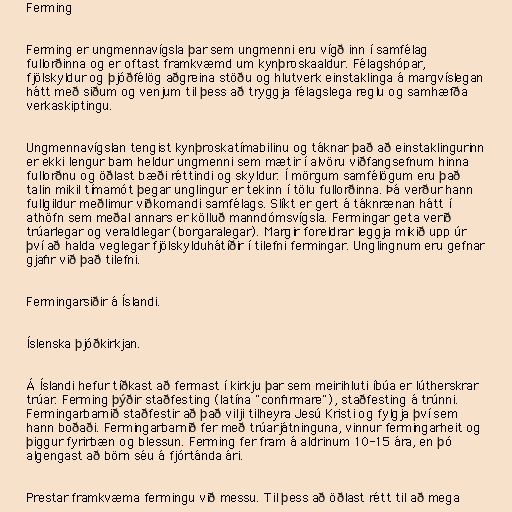
Ferming

Ferming er ungmennavígsla þar sem ungmenni eru vígð inn í samfélag
fullorðinna og er oftast framkvæmd um kynþroskaaldur. Félagshópar,
fjölskyldur og þjóðfélög aðgreina stöðu og hlutverk einstaklinga á margvíslegan
hátt með siðum og venjum til þess að tryggja félagslega reglu og samhæfða
verkaskiptingu.

Ungmennavígslan tengist kynþroskatímabilinu og táknar það að einstaklingurinn
er ekki lengur barn heldur ungmenni sem mætir í alvöru viðfangsefnum hinna
fullorðnu og öðlast bæði réttindi og skyldur. Í mörgum samfélögum eru það
talin mikil tímamót þegar unglingur er tekinn í tölu fullorðinna. Þá verður hann
fullgildur meðlimur viðkomandi samfélags. Slíkt er gert á táknrænan hátt í
athöfn sem meðal annars er kölluð manndómsvígsla. Fermingar geta verið
trúarlegar og veraldlegar (borgaralegar). Margir foreldrar leggja mikið upp úr
því að halda veglegar fjölskylduhátíðir í tilefni fermingar. Unglingnum eru gefnar
gjafir við það tilefni.

Fermingarsiðir á Íslandi.

Íslenska þjóðkirkjan.

Á Íslandi hefur tíðkast að fermast í kirkju þar sem meirihluti íbúa er lútherskrar
trúar. Ferming þýðir staðfesting (latína "confirmare"), staðfesting á trúnni.
Fermingarbarnið staðfestir að það vilji tilheyra Jesú Kristi og fylgja því sem
hann boðaði. Fermingarbarnið fer með trúarjátninguna, vinnur fermingarheit og
þiggur fyrirbæn og blessun. Ferming fer fram á aldrinum 10-15 ára, en þó
algengast að börn séu á fjórtánda ári.

Prestar framkvæma fermingu við messu. Til þess að öðlast rétt til að mega